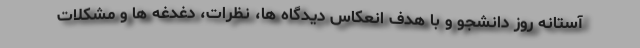
آستانه روز دانشجو و با هدف انعکاس دیدگاه ها، نظرات، دغدغه ها و مشکلات